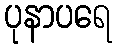
ပုနာပရေ